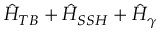
\hat { H } _ { T B } + \hat { H } _ { S S H } + \hat { H } _ { \gamma }